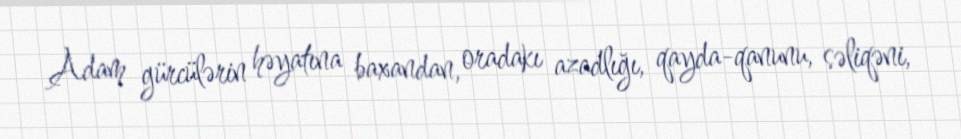
Adam gürcülərin həyatına baxandan, oradakı azadlığı, qayda-qanunu, səliqəni,